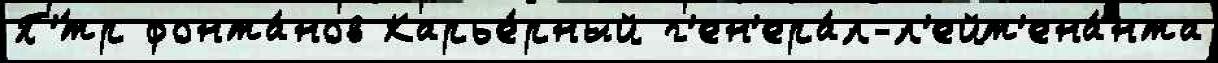
П'́тр фонта́нов Карье́рный г'ен'ера́л-л'ейт'ена́нта